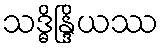
သဒ္ဓိန္ဒြိယဿ